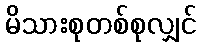
မိသားစုတစ်စုလျှင်